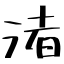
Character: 渚